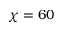
\chi = 6 0